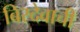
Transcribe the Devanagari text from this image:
बिरदेवाची